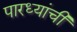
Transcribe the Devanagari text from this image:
पारध्यांची